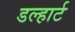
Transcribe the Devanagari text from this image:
डल्हार्ट